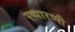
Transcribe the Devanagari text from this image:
रप्पारप्पी